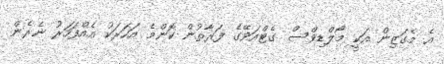
އެ މެގަޒިން އަކީ މޯލްޑިވްސް ގެޓްއަވޭގެ ފަރާތުން ކޮންމެ އަހަރަކު އެއްފަހަރު ނެރެން